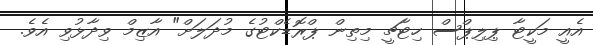
އެއީ މަކީޓާ ޕިލިޕްސް ހިޓާޗީ މިތިން ޕްރޮޑެކްޓުގެ މުދަލަށް" އާޒިމް ވިދާޅުވި އެވެ.